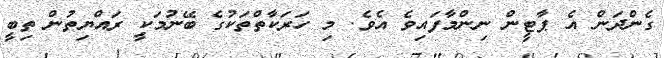
ގެންދަން އެ ޕާޓީން ނިންމާފައިވެ އެވެ. މި ހަރަކާތްތަކުގެ ބޭނުމަކީ ރައްޔިތުން ތިބީ